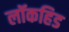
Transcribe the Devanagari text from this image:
लॉकहिड